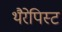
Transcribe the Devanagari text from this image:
थैरेपिस्ट